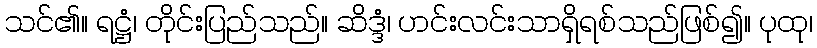
သင်၏။ ရဋ္ဌံ၊ တိုင်းပြည်သည်။ ဆိဒ္ဒံ၊ ဟင်းလင်းသာရှိရစ်သည်ဖြစ်၍။ ပုထု၊